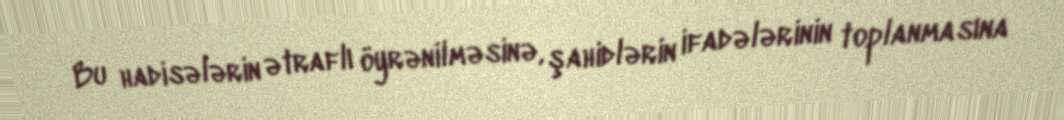
Bu hadisələrin ətraflı öyrənilməsinə, şahidlərin ifadələrinin toplanmasına